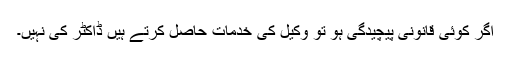
اگر کوئی قانونی پیچیدگی ہو تو وکیل کی خدمات حاصل کرتے ہیں ڈاکٹر کی نہیں۔